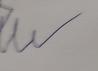
Signature authenticity: forged